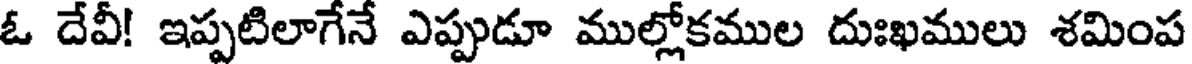
ఓ దేవీ! ఇప్పటిలాగేనే ఎప్పుడూ ముల్లోకముల దుఃఖములు శమింప